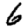
Digit: 6